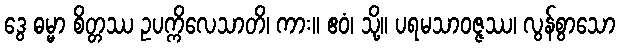
ဒွေ ဓမ္မာ စိတ္တဿ ဥပက္ကိလေသာတိ၊ ကား။ ဧဝံ၊ သို့။ ပရမသာဝဇ္ဇဿ၊ လွန်စွာသော